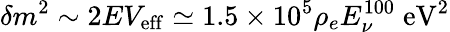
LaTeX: \delta m^{2}\sim 2EV_{\mathrm{eff}}\simeq 1.5\times 10^{5}\rho_{e}E_{\nu}^{100}\; \mathrm{eV}^{2}